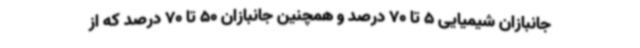
جانبازان شیمیایی 5 تا 70 درصد و همچنین جانبازان 50 تا 70 درصد که از